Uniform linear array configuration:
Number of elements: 4
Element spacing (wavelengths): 0.25
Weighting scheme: cosine
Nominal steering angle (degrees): -15
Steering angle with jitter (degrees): -14.478
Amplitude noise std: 0.05
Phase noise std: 0.05

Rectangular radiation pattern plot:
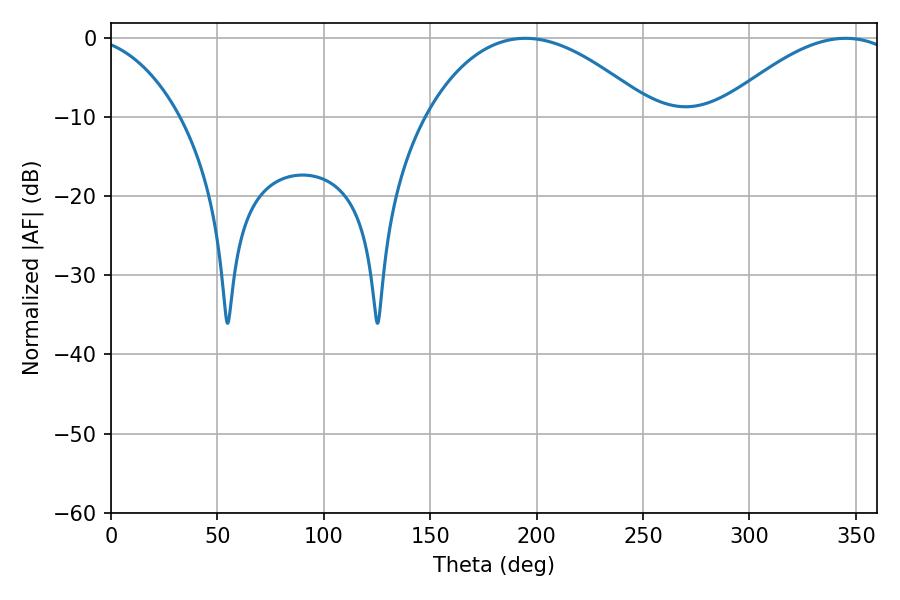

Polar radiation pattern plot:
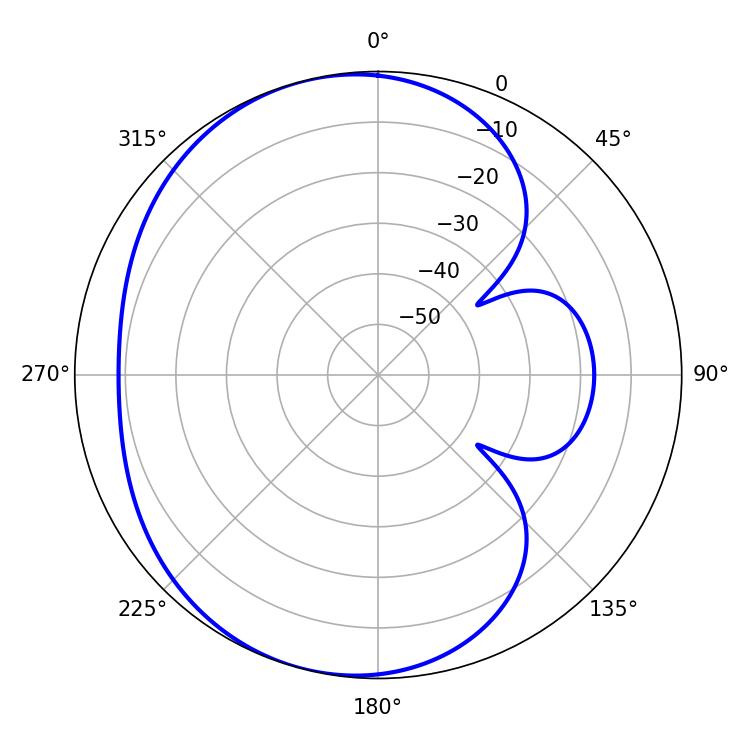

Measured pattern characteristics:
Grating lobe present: FALSE
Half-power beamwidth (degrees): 59.22
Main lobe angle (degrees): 194.76